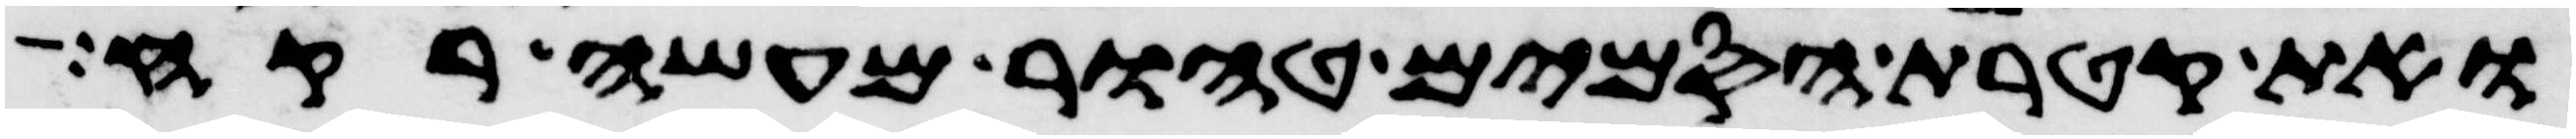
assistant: ואת קטרת הסמים טהור מעשה רקח